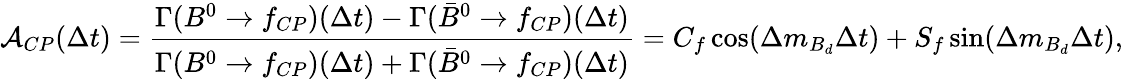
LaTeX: {\cal A}_{CP}(\Delta t)={\frac{\Gamma(B^{0}\rightarrow f_{CP})(\Delta t)-\Gamma(\bar{B}^{0}\rightarrow f_{CP})(\Delta t)}{\Gamma(B^{0}\rightarrow f_{CP})(\Delta t)+\Gamma(\bar{B}^{0}\rightarrow f_{CP})(\Delta t)}}=C_{f}\cos(\Delta m_{B_{d}}\Delta t)+S_{f}\sin(\Delta m_{B_{d}}\Delta t),